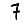
Digit: 7